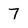
Character: 7